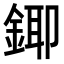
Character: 𮢄